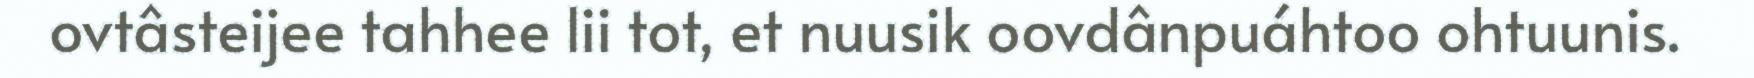
ovtâsteijee tahhee lii tot, et nuusik oovdânpuáhtoo ohtuunis.